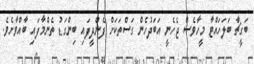
ބަގީޗާ ބަލަހައްޓާ މީހާވެސް ޖެހެނީ އަބަދުހެން ގަސްތަކަށް ފެންދީފައި ބިންގަޑު ތެންމާފައި ބާއްވާށެވެ.